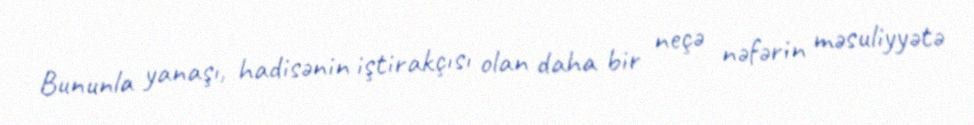
Bununla yanaşı, hadisənin iştirakçısı olan daha bir neçə nəfərin məsuliyyətə